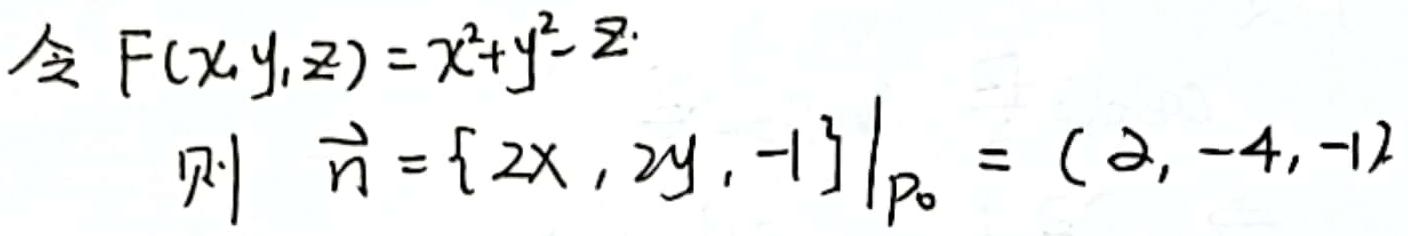
令 $F(x,y,z)=x^{2}+y^{2}-z$.

则 $\vec{n}=\left.\{2x,2y,-1\}\right|_{P_0}=(2,-4,-1)$